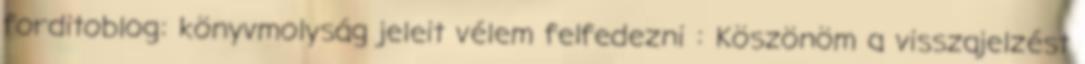
forditoblog: könyvmolyság jeleit vélem felfedezni : Köszönöm a visszajelzést